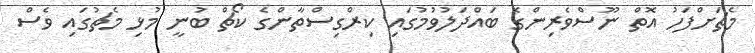
މެޗަށްފަހު އޮތް ނޫސްވެރިންގެ ބައްދަލުވުމުގައި ކިރްގިސްތާންގެ ކޯޗް ބުނީ މުޅި މެޗުގައި ވެސް